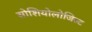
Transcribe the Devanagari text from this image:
सोशियोलोजिस्ट